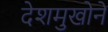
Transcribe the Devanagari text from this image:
देशमुखोने